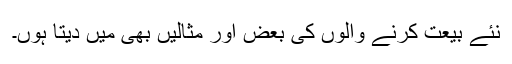
نئے بیعت کرنے والوں کی بعض اَور مثالیں بھی میں دیتا ہوں۔